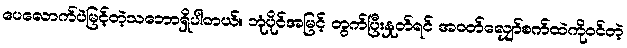
ပေလောက်ပဲမြင့်တဲ့သဘောရှိပါတယ်။ ဘုံပိုင်အမြင့် တွက်ပြီးနှုတ်ရင် အဝတ်လျှော်စက်ထဲကိုဝင်တဲ့